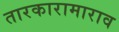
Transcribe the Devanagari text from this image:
तारकारामाराव